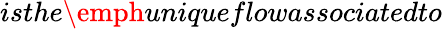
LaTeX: isthe\emph{unique}flowassociatedto